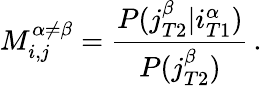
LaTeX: M_{i,j}^{\alpha\neq\beta}=\frac{P(j_{T2}^{\beta}|i_{T1}^{\alpha})}{P(j_{T2}^{\beta})}\, .